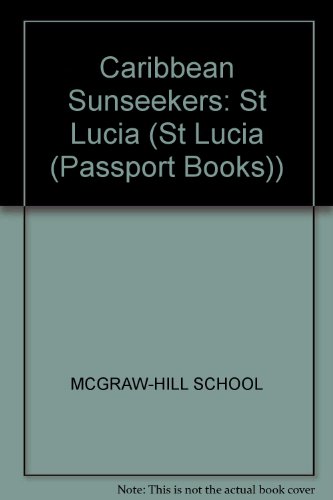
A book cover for St. Lucia (St Lucia (Passport Books)); Don Philpott; Travel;